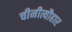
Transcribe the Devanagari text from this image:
चीनीत्यौहार